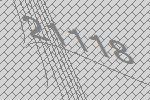
21118